Burma Government Medical School reports 1923-41
Year: 1923
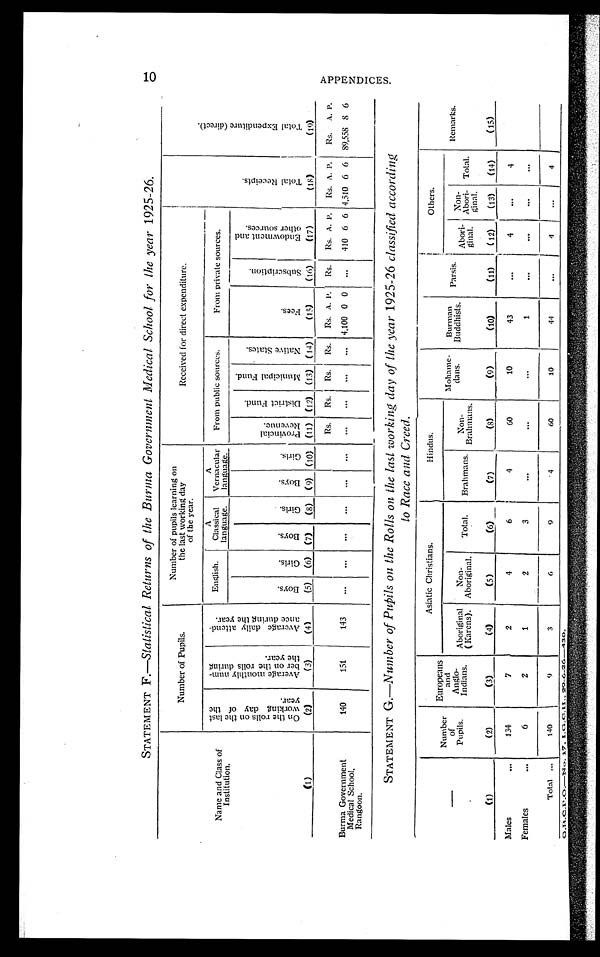
STATEMENT F.—Statistical Returns of the Burma Government Medical School for the year 1925-26.
Name and Class of
Institution.
Number of Pupils.
Number of pupils learning on
the last working day
of the year.
Received for direct expenditure.
T o t a l R e c e i p t s .
T o t a l E x p e n d i t u r e ( d i r e c t ) .
O n t h e r o l l s o n t h e l a s t w o r k i n g d a y o f t h e y e a r .
A v e r a g e m o n t h l y n u m - b e r o n t h e r o l l s d u r i n g t h e y e a r .
A v e r a g e d a i l y a t t e n d - a n c e d u r i n g t h e y e a r .
English.
A
Classical
language.
A
Vernacular
language.
From public sources.
From private sources.
Boys.
Girls.
Boys.
Girls.
Boys.
Girls. P r o v i n c i p a l R e v e n u e .
D i s t r i c t F u n d .
M u n i c i p a l F u n d s .
N a t i v e S t a t e s .
Fees.
S u b s c r i p t i o n .
E n d o w m e n t a n d o t h e r s o u r c e s .
(1)
(2)
(3)
(4)
(5)
(6) (7)
(8)
(9) (10) (11) (12) (13) (14)
(15)
(16)
(17)
(18)
(19)
Rs.
Rs.
Rs.
Rs.
Rs. A. P.
Rs.
Rs. A. P.
Rs. A. P.
Rs. A. P.
Burma Government
Medical School.
Rangoon.
140
151
143
...
...
...
...
...
...
...
...
...
... 4,100 0 0
...
410 6 6 4,510 6 6 89,558 8 6
STATEMENT G.—Number of Pupils on the Rolls on the last working day of the year 1925-26 classified according
to Race and Creed.
Number
of
Pupils.
Europeans
and
Anglo-
Indians.
Asiatic Christians.
Hindus.
Mohame-
dans.
Burman
Buddhists.
Parsis.
Others.
Remarks.
Aboriginal
(Karens).
Non-
Aboriginal.
Total.
Brahmans.
Non-
Brahmans.
Abori-
ginal.
Non-
Abori-
ginal.
Total.
(1)
(2)
(3)
(4)
(5)
(6)
(7)
(8)
(9)
(10)
(11)
(12)
(13)
(14)
(15)
Males
...
134
7
2
4
6
4
60
10
43
...
4
...
4
Females
...
6
2
1
2
3
...
...
...
1
...
...
...
...
Total ...
140
9
3
6
9
4
60
10
44
...
4
...
4
G.B.C.P.O.— No.17.I.G.C.H.,29.6.26—430.